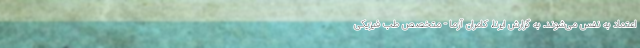
اعتماد به نفس می‌شوند. به گزارش ایرنا، کامران آزما - متخصص طب فیزیکی